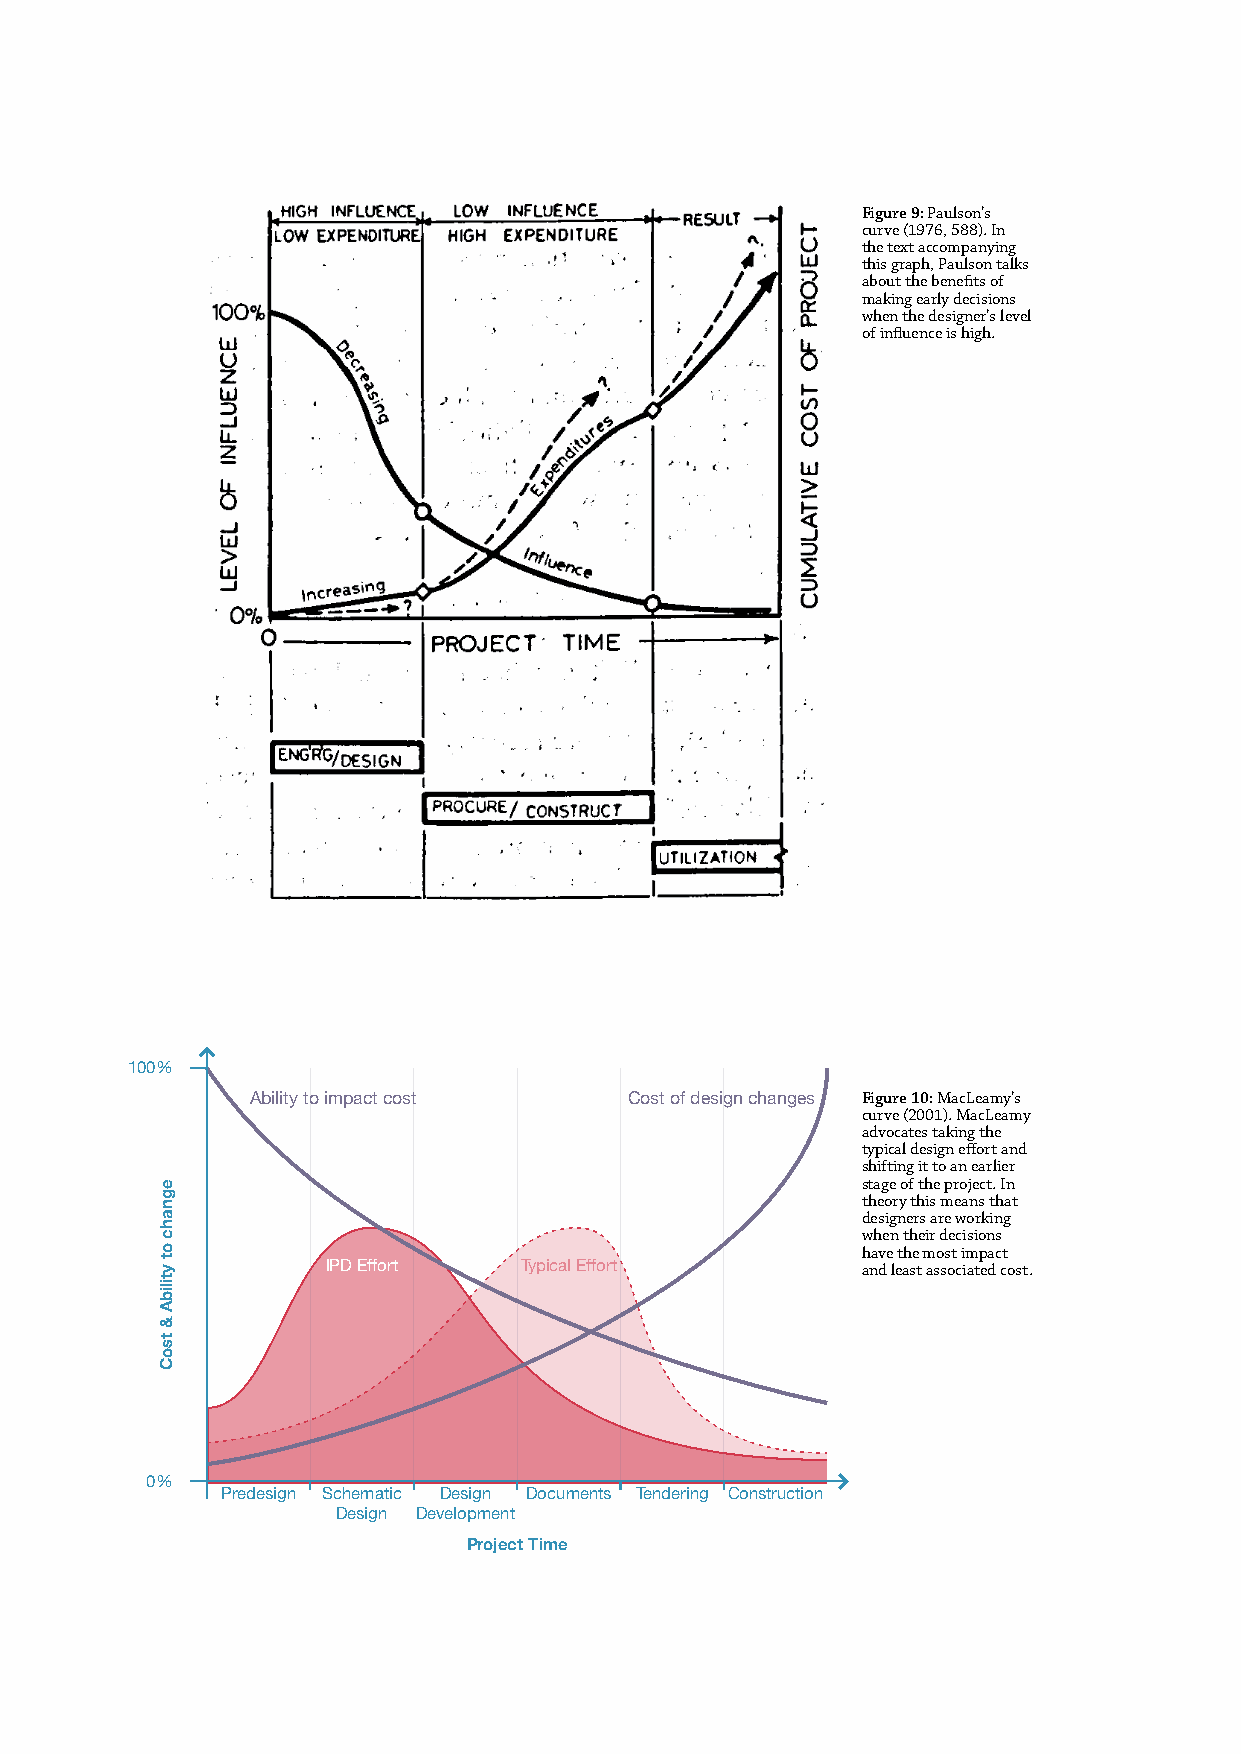
Figure 9: Paulson’s
 curve (1976, 588). In
 the text accompanying
 this graph, Paulson talks
 about the benefits of
 making early decisions
 when the designer’s level
 of influence is high.
 100%
 Ability to impact cost   Cost of design changes Figure 10: MacLeamy’s
 curve (2001). MacLeamy
 advocates taking the
 typical design effort and
 shifting it to an earlier
 stage of the project. In
 theory this means that
 designers are working
 when their decisions
 have the most impact
 IPD Effort  Typical Effort         and least associated cost.
 0%
 Predesign Schematic Design Documents Tendering Construction
 Design Development
 Project Time
 100%
 Ability to impact cost   Cost of design changes
 IPD Effort  Typical Effort
 0%
 Iterative Parametric Prototyping Construction
 Project Time
 egnahc
 ot
 ytilibA
 &
 tsoC
 egnahc
 ot
 ytilibA
 &
 tsoC